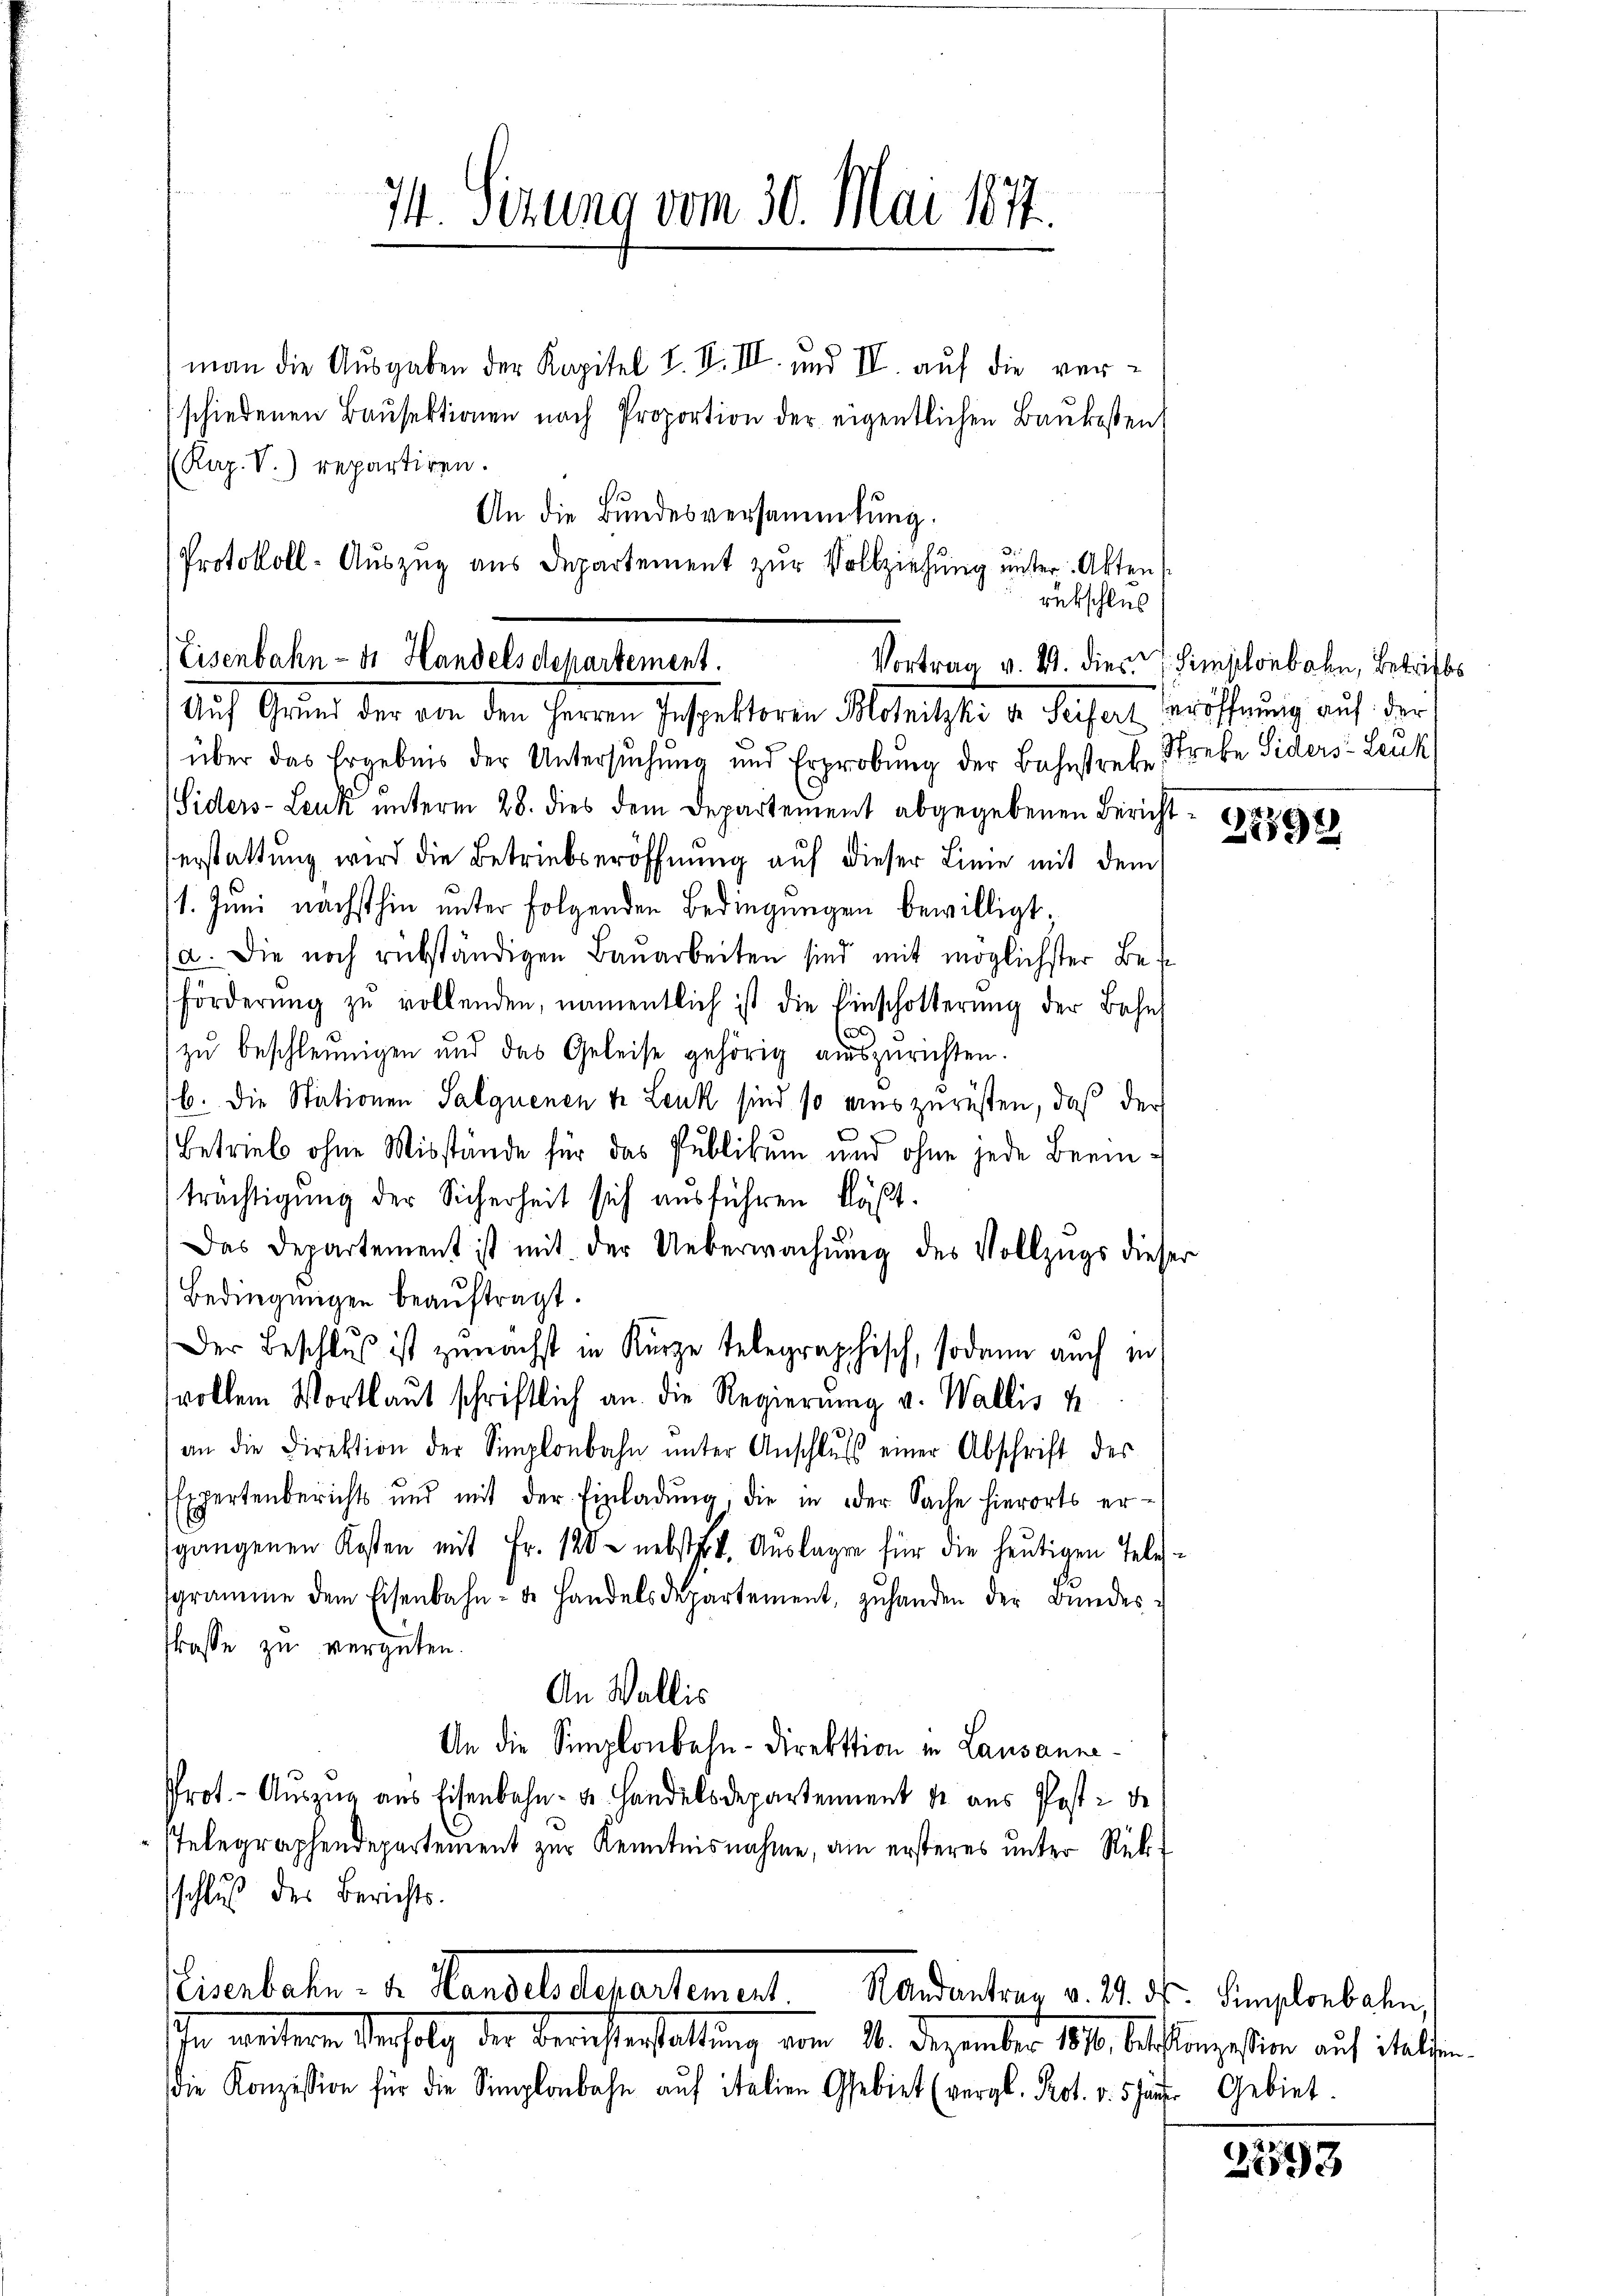
74. Sizung vom 30. Mai 1871.

man die Ausgaben der Kapitel L. I. III. und II. aŭf die ver-
schiedenen Bausektionen nach Proportion der eigentlichen Baukosten
(Kap. V.) repartiren.
An die Bundesversammlung.
Protokoll-Auszug aus Departement zur Vollziehung unter Akten

über das Ergebnis der Untersŭchŭng und Erprobŭng der Bahnstreke Strebe Siders - Leuk
Siders-Leuk ŭnterm 28. dies dem Departement abgegebenen Bericht - 188888
Verstattung wird die Betriebseröffnung auf dieser Linie mit dem
1. Juni nächsthin unter folgenden Bedingungen bewilligt;
a. Die noch rükständigen Baŭarbeiten sind mit möglichster Be-
förderŭng zŭ vollenden, namentlich ist die Einschotterŭng der Bahn
zŭ beschleunigen und das Geleise gehörig auszurichten.
b. Die Stationen Salquenen u. Leuk sind so ains zurüsten, daß der
Betrieb ohne Misstände für das Publikum und ohne jede Beeinträchtigung der Sicherheit sich ausführen läßt.
Das Departement ist mit der Ueberwachŭng des Vollzugs diese
Bedingungen beauftragt.
Der Beschluß ist zunächst in Kurze telegraphisch, sodann auch in
vollem Wortlaut schriftlich an die Regierŭng v. Wallis u
an die Direktion der Simplonbahn ŭnter Anschlŭβ einer Abschrift des
Expertenberichts und mit der Einladŭng, die in der Sache hierorts er-
sgangenen Kosten mit Fr. 120 nebstek. Auslagen für die heutigen Telesgramme dem Eisenbahn-de Handelsdepartement, zuhanden der Bundesrosse zu vergüten.
An Wallis
An die Simplonbahn-Direktion in Lausanne¬
Prot. - Aŭszŭg ans Eisenbahn- u. Handelsdepartement u aŭs Post: de
Telegraphendepartement zur Kenntnisnahme, am ersteres unter Rükschluß des Berichts-
liserbahn. v. Handelsdepartement. Handentrer v. M. D. Simplerbahn,
sher weitere Anfolg der Berichterhaltung vom 21. Dezember 1890 beschlangesten auf ihelfen
die Konzession für die Simplonbahn aŭf italien Gebiet (vergl. Prot. v. 5 Jäner Gebiet.

rükschlus
Eisenbahn - dr Handels departement.
Vortrag v. 4. dies  Simplonbahn, Betrifts
Auf Grund der von den Herren Jespektorin Alterthe de Sachert, eröffnung auf der

9

d

2593